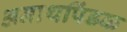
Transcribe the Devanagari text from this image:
अनाथपिंडक